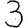
Digit: 3